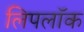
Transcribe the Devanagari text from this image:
लिपलॉक